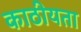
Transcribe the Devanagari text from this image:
काठीयता